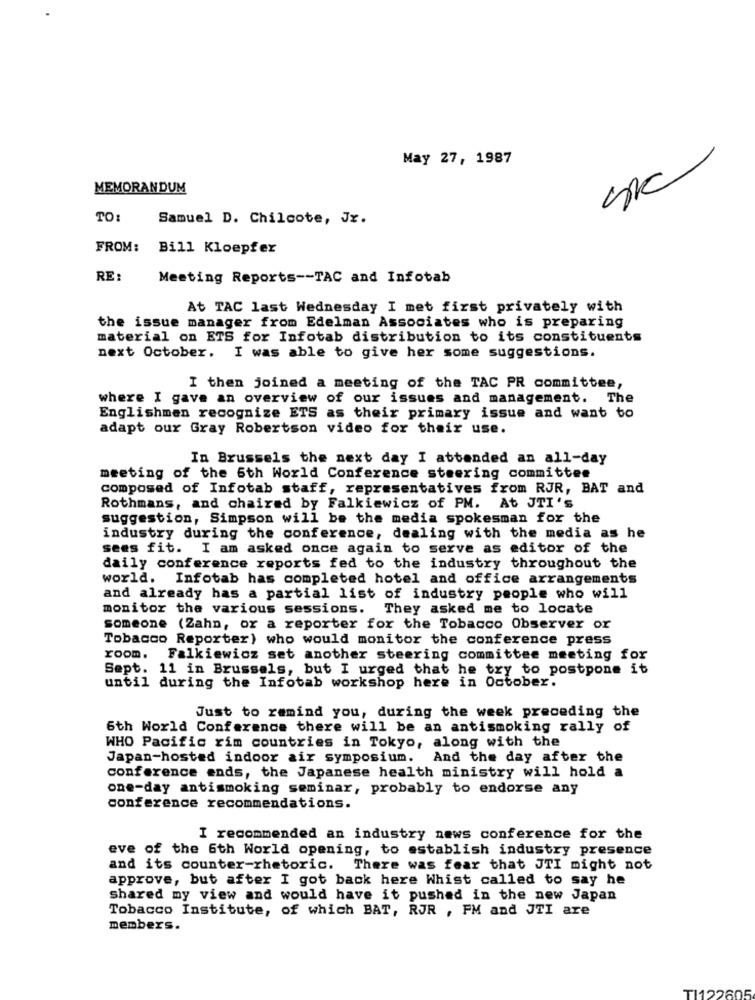
May 27, 1987
MEMORANDUM
TO:
Samuel D. Chilcote, Jx.
FROM:
Bill Kloepfer
RE :
Meeting Reports -- TAC and Infotab
At TAC last Wednesday I met first privately with
the issue manager from Edelman Associates who is preparing
material on ETS for Infotab distribution to its constituents
next October. I was able to give her some suggestions.
I then joined a meeting of the TAC PR committee,
where I gave an overview of our issues and management. The
Englishmen recognize ETS as their primary issue and want to
adapt our Gray Robertson video for their use.
In Brussels the next day I attended an all-day
meeting of the 6th World Conference steering committee
composed of Infotab staff, representatives from RJR, BAT and
Rothmans, and chaired by Falkiewicz of PM. At JTI's
suggestion, Simpson will be the media spokesman for the
industry during the conference, dealing with the media as he
sees fit. I am asked once again to serve as editor of the
daily conference reports fed to the industry throughout the
world. Infotab has completed hotel and office arrangements
and already has a partial list of industry people who will
monitor the various sessions. They asked me to locate
someone (Zahn, or a reporter for the Tobacco Observer or
Tobacco Reporter) who would monitor the conference press
room.
Falkiewicz set another steering committee meeting for
Sept. 11 in Brussels, but I urged that he try to postpone it
until during the Infotab workshop here in October.
Just to remind you, during the week preceding the
6th World Conference there will be an antismoking rally of
WHO Pacific rim countries in Tokyo, along with the
Japan-hosted indoor air symposium. And the day after the
conference ends, the Japanese health ministry will hold a
one-day antismoking seminar, probably to endorse any
conference recommendations.
I recommended an industry news conference for the
eve of the 6th World opening, to establish industry presence
and its counter-rhetoric.
There was fear that JTI might not
approve, but after I got back here Whist called to say he
shared my view and would have it pushed in the new Japan
Tobacco Institute, of which BAT, RJR , FM and JTI are
members.
TI122
805